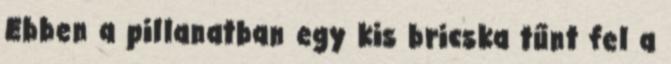
Ebben a pillanatban egy kis bricska tűnt fel a